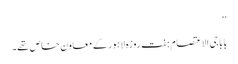
‘‘
بابا جی الاعتصام ہفت روزہ لاہور کے معاون خاص تھے۔